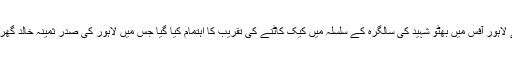
تفصیلات کے مطابق پیپلز پارٹی کے لاہور آفس میں بھٹو شہید کی سالگرہ کے سلسلہ میں کیک کاٹنے کی تقریب کا اہتمام کیا گیا جس میں لاہور کی صدر ثمینہ خالد گھرکی سمیت دیگر رہنما شریک ہوئے ۔